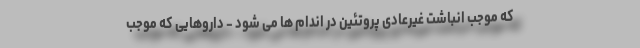
که موجب انباشت غیرعادی پروتئین در اندام ها می شود - داروهایی که موجب